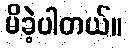
မိခဲ့ပါတယ်။